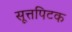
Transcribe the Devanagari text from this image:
सूत्तपिटक